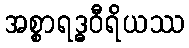
အစ္စာရဒ္ဓဝီရိယဿ